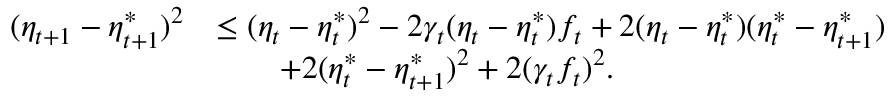
\begin{array} { r l } { ( \eta _ { t + 1 } - \eta _ { t + 1 } ^ { * } ) ^ { 2 } } & { \leq ( \eta _ { t } - \eta _ { t } ^ { * } ) ^ { 2 } - 2 \gamma _ { t } ( \eta _ { t } - \eta _ { t } ^ { * } ) f _ { t } + 2 ( \eta _ { t } - \eta _ { t } ^ { * } ) ( \eta _ { t } ^ { * } - \eta _ { t + 1 } ^ { * } ) } \\ & { \qquad + 2 ( \eta _ { t } ^ { * } - \eta _ { t + 1 } ^ { * } ) ^ { 2 } + 2 ( \gamma _ { t } f _ { t } ) ^ { 2 } . } \end{array}